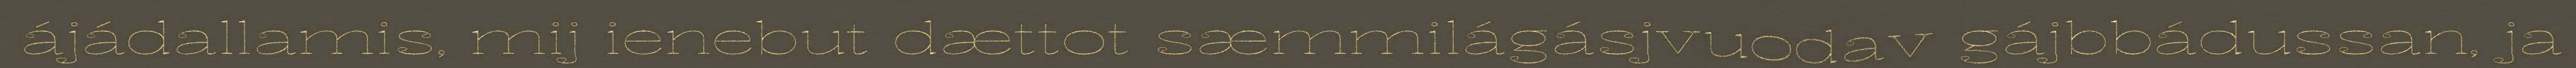
ájádallamis, mij ienebut dættot sæmmilágásjvuodav gájbbádussan, ja